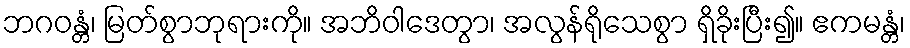
ဘဂဝန္တံ၊ မြတ်စွာဘုရားကို။ အဘိဝါဒေတွာ၊ အလွန်ရိုသေစွာ ရှိခိုးပြီး၍။ ဧကမန္တံ၊